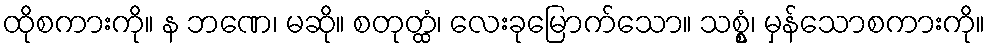
ထိုစကားကို။ န ဘဏေ၊ မဆို။ စတုတ္ထံ၊ လေးခုမြောက်သော။ သစ္စွံ၊ မှန်သောစကားကို။